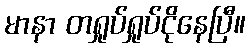
မာနာ တရှုပ်ရှုပ်ငိုနေပြီ။